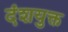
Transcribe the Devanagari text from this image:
दंशयुक्त